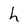
Character: h